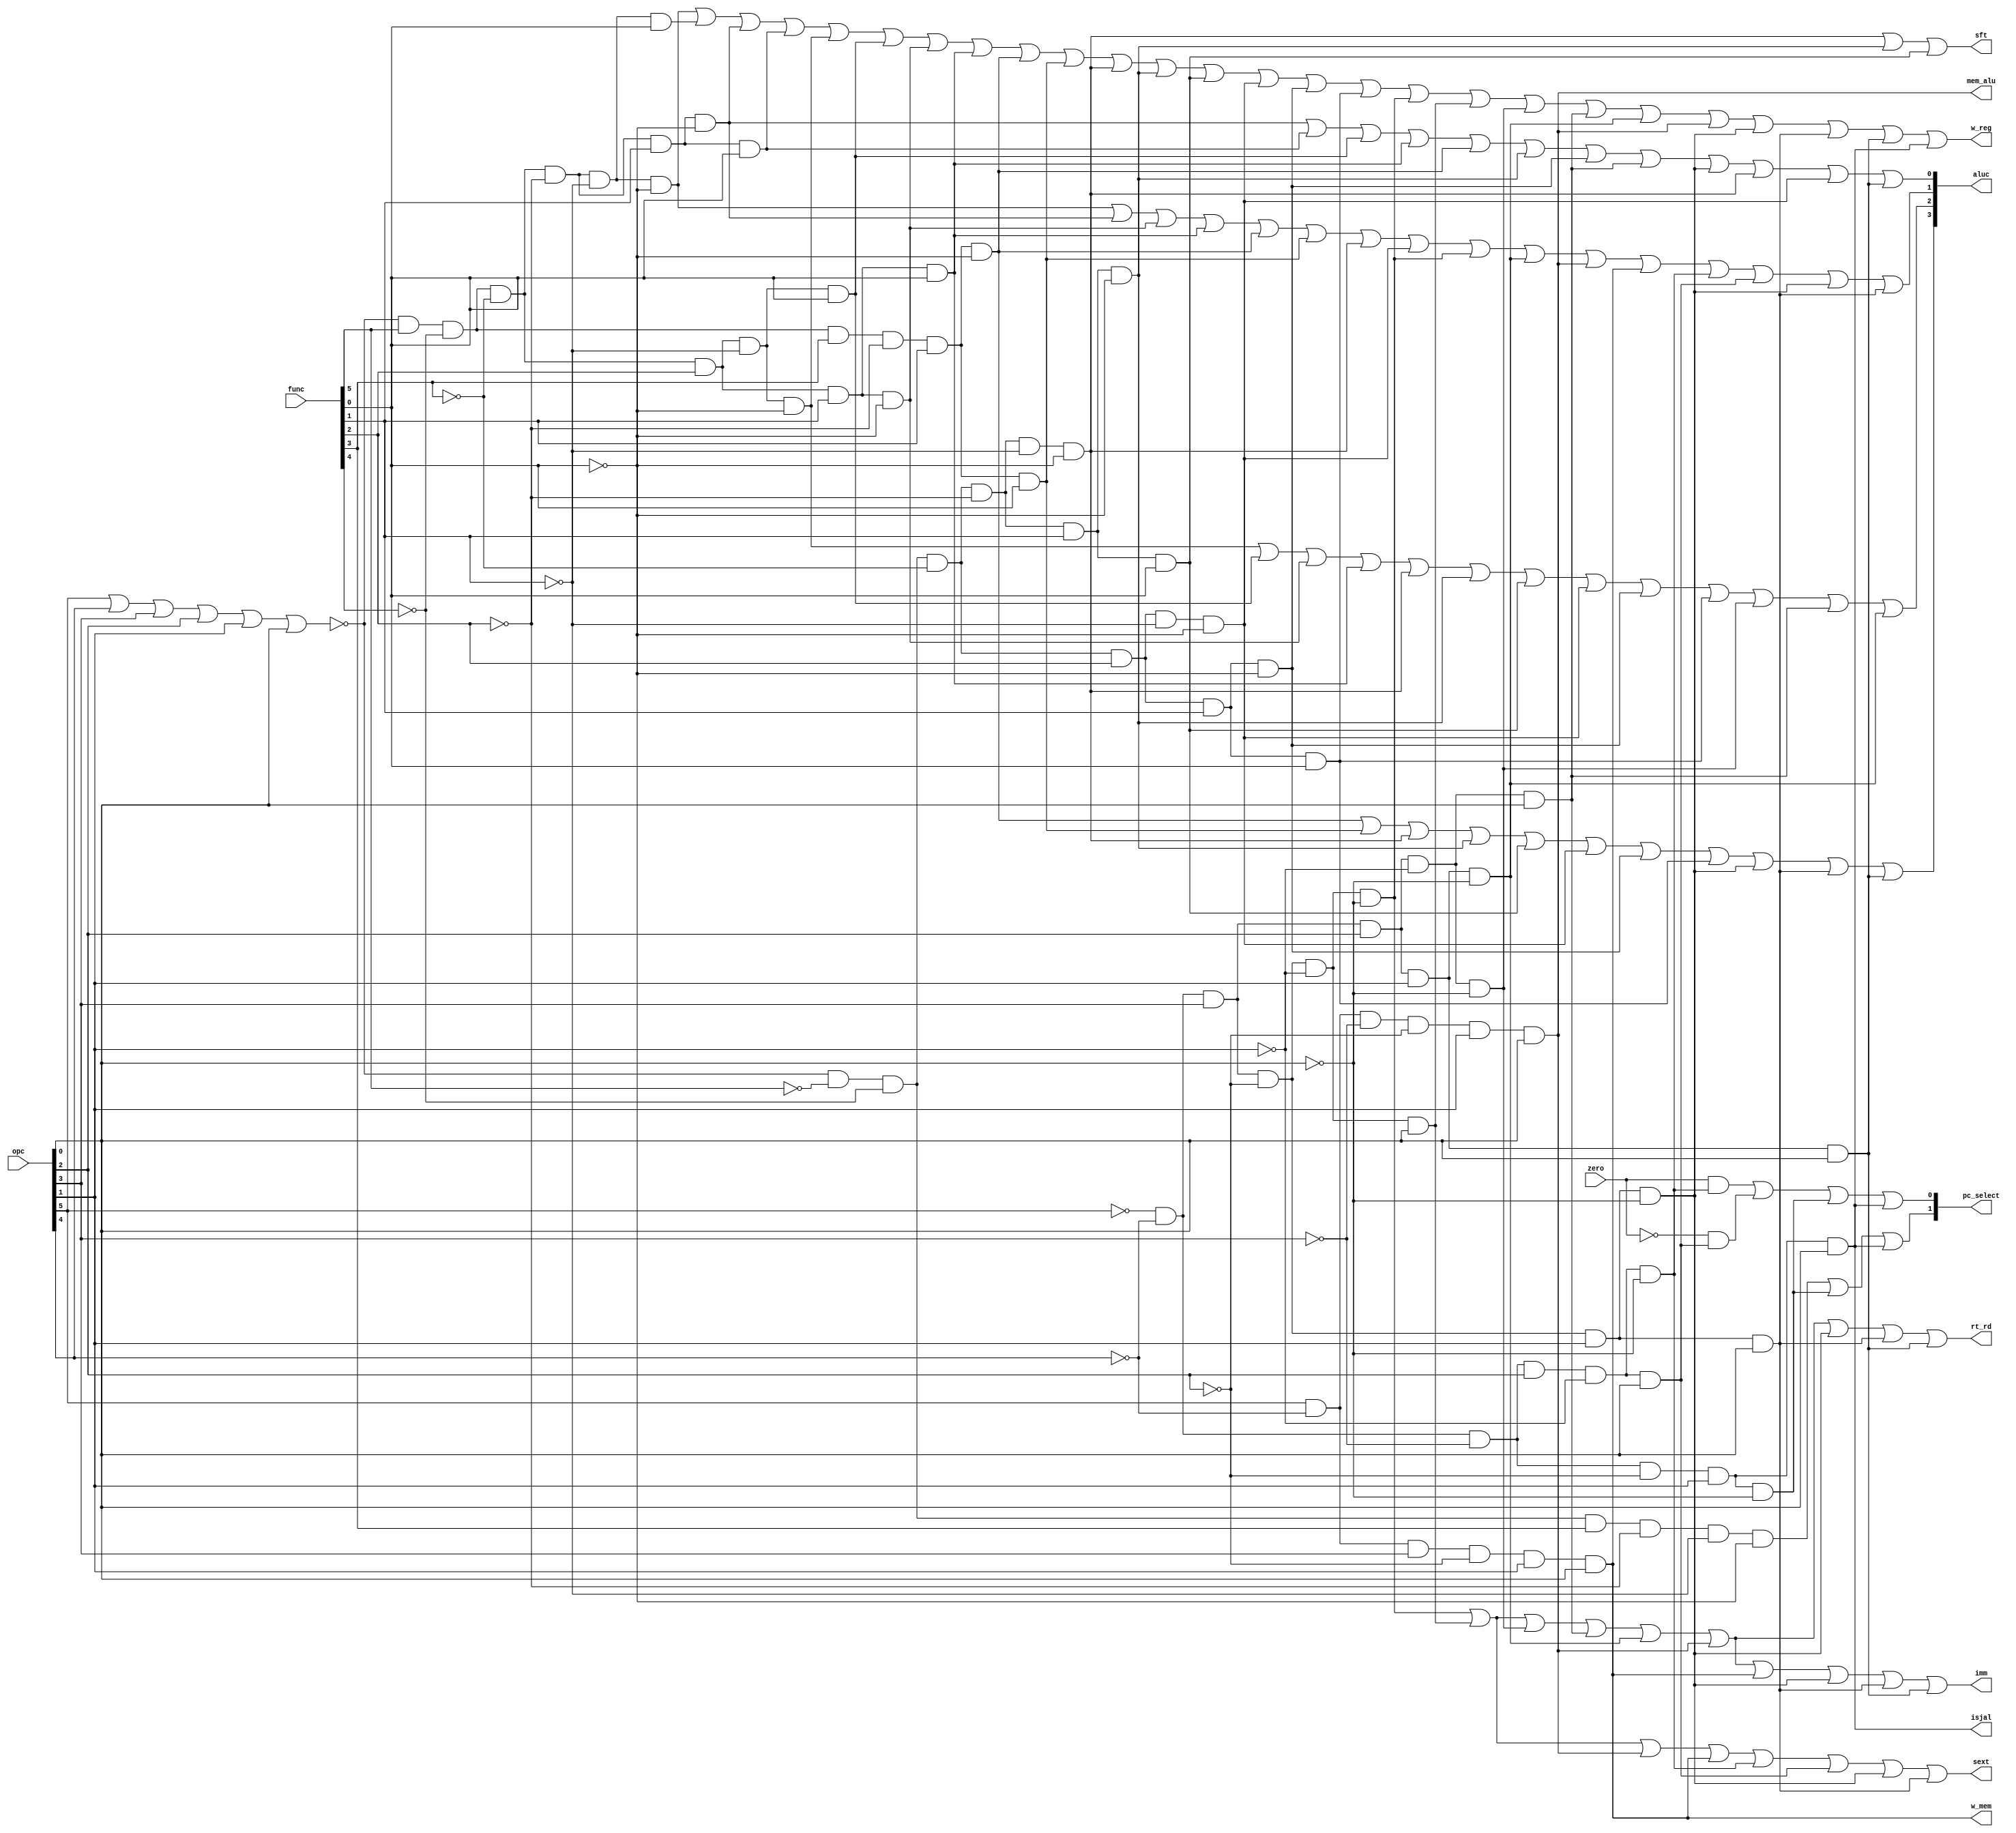
`timescale 1ns / 1ps

module control(
    input zero,
    input [5:0] opc,
    input [5:0] func,
    output rt_rd,   //1:rt      0:rd
    output isjal,   //1:PC + 4  0:ALU 
    output sext,    //1:    0:
    output imm,     //1: 0
    output w_reg,   //1:  0
    output w_mem,   //1:    0
    output sft,     //1:            0
    output mem_alu, //1: 0ALU
    output [3:0] aluc,       //ALU
    output [1:0] pc_select   //muxpc
    );

    wire r_type =~(opc[5]|opc[4]|opc[3]|opc[2]|opc[1]|opc[0]);
    wire i_add  =r_type&func[5]&~func[4]&~func[3]&~func[2]&~func[1]&~func[0];   //100000
    wire i_addu =r_type&func[5]&~func[4]&~func[3]&~func[2]&~func[1]&func[0];    //100001
    wire i_sub  =r_type&func[5]&~func[4]&~func[3]&~func[2]&func[1]&~func[0];    //100010
    wire i_subu =r_type&func[5]&~func[4]&~func[3]&~func[2]&func[1]&func[0];     //100011
    wire i_and  =r_type&func[5]&~func[4]&~func[3]&func[2]&~func[1]&~func[0];    //100100
    wire i_or   =r_type&func[5]&~func[4]&~func[3]&func[2]&~func[1]&func[0];     //100101
    wire i_xor  =r_type&func[5]&~func[4]&~func[3]&func[2]&func[1]&~func[0];     //100110
    wire i_nor  =r_type&func[5]&~func[4]&~func[3]&func[2]&func[1]&func[0];      //100111
    wire i_slt  =r_type&func[5]&~func[4]&func[3]&~func[2]&func[1]&~func[0];     //101010
    wire i_sltu =r_type&func[5]&~func[4]&func[3]&~func[2]&func[1]&func[0];      //101011
    wire i_sll  =r_type&~func[5]&~func[4]&~func[3]&~func[2]&~func[1]&~func[0];  //000000
    wire i_srl  =r_type&~func[5]&~func[4]&~func[3]&~func[2]&func[1]&~func[0];   //000010
    wire i_sra  =r_type&~func[5]&~func[4]&~func[3]&~func[2]&func[1]&func[0];    //000011
    wire i_sllv =r_type&~func[5]&~func[4]&~func[3]&func[2]&~func[1]&~func[0];   //000100
    wire i_srlv =r_type&~func[5]&~func[4]&~func[3]&func[2]&func[1]&~func[0];    //000110
    wire i_srav =r_type&~func[5]&~func[4]&~func[3]&func[2]&func[1]&func[0];     //000111
    wire i_jr   =r_type&~func[5]&~func[4]&func[3]&~func[2]&~func[1]&~func[0];   //001000
    wire i_addi =~opc[5]&~opc[4]&opc[3]&~opc[2]&~opc[1]&~opc[0];    //001000
    wire i_addiu=~opc[5]&~opc[4]&opc[3]&~opc[2]&~opc[1]&opc[0];     //001001
    wire i_andi =~opc[5]&~opc[4]&opc[3]&opc[2]&~opc[1]&~opc[0];     //001100
    wire i_ori  =~opc[5]&~opc[4]&opc[3]&opc[2]&~opc[1]&opc[0];      //001101  
    wire i_xori =~opc[5]&~opc[4]&opc[3]&opc[2]&opc[1]&~opc[0];      //001110
    wire i_lw   =opc[5]&~opc[4]&~opc[3]&~opc[2]&opc[1]&opc[0];      //100011
    wire i_sw   =opc[5]&~opc[4]&opc[3]&~opc[2]&opc[1]&opc[0];       //101011
    wire i_beq  =~opc[5]&~opc[4]&~opc[3]&opc[2]&~opc[1]&~opc[0];    //000100
    wire i_bne  =~opc[5]&~opc[4]&~opc[3]&opc[2]&~opc[1]&opc[0];     //000101
    wire i_slti =~opc[5]&~opc[4]&opc[3]&~opc[2]&opc[1]&~opc[0];     //001010
    wire i_sltiu=~opc[5]&~opc[4]&opc[3]&~opc[2]&opc[1]&opc[0];      //001011
    wire i_lui  =~opc[5]&~opc[4]&opc[3]&opc[2]&opc[1]&opc[0];       //001111
    wire i_j    =~opc[5]&~opc[4]&~opc[3]&~opc[2]&opc[1]&~opc[0];    //000010
    wire i_jal  =~opc[5]&~opc[4]&~opc[3]&~opc[2]&opc[1]&opc[0];     //000011

    assign w_mem = i_sw;
    assign isjal = i_jal;
    assign mem_alu = i_lw;
    assign sft = i_sll|i_srl|i_sra;
    assign sext=i_addi|i_addiu|i_lw|i_sw|i_beq|i_bne|i_slti|i_sltiu;
    assign rt_rd = i_addi|i_addiu|i_andi|i_ori|i_xori|i_lw|i_slti|i_sltiu|i_lui;
    assign imm = i_addi|i_addiu|i_andi|i_ori|i_xori|i_lw|i_sw|i_slti|i_sltiu|i_lui;

    assign pc_select[1] = i_jr|i_j|i_jal;
    assign pc_select[0] = (zero&i_beq)|(~zero&i_bne)|i_j|i_jal;

    assign w_reg = i_add|i_addu|i_sub|i_subu|i_and|i_or|i_xor|
                i_nor|i_slt|i_sltu|i_sll|i_srl|i_sra|i_sllv|
                i_srlv|i_srav|i_addi|i_addiu|i_andi|i_ori|i_xori|
                i_lw|i_slti|i_sltiu|i_lui|isjal;
    assign aluc[3] = i_slt|i_sltu|i_sll|i_srl|i_sra|i_sllv|i_srlv|
                    i_srav|i_slti|i_sltiu|i_lui;
    assign aluc[2] = i_and|i_or|i_xor|i_nor|i_sll|i_srl|i_sra|i_sllv|
                    i_srlv|i_srav|i_andi|i_ori|i_xori;
    assign aluc[1] = i_add|i_sub|i_xor|i_nor|i_slt|i_sltu|i_sll|i_sllv|
                    i_addi|i_xori|i_lw|i_sw|i_beq|i_bne|i_slti|i_sltiu;
    assign aluc[0] = i_sub|i_subu|i_or|i_nor|i_slt|i_srl|i_srlv|i_ori|
                    i_slti|i_sll|i_sllv|i_lui;         
endmodule